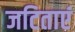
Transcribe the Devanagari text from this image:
जटिताएं